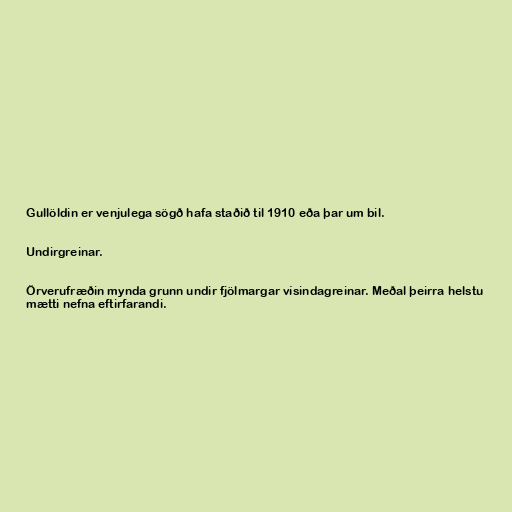
Gullöldin er venjulega sögð hafa staðið til 1910 eða þar um bil.

Undirgreinar.

Örverufræðin mynda grunn undir fjölmargar vísindagreinar. Meðal þeirra helstu
mætti nefna eftirfarandi.